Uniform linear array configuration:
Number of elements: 64
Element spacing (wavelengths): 0.5
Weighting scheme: cosine
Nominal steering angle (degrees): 60
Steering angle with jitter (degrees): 58.682
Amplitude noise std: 0.05
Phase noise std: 0.05

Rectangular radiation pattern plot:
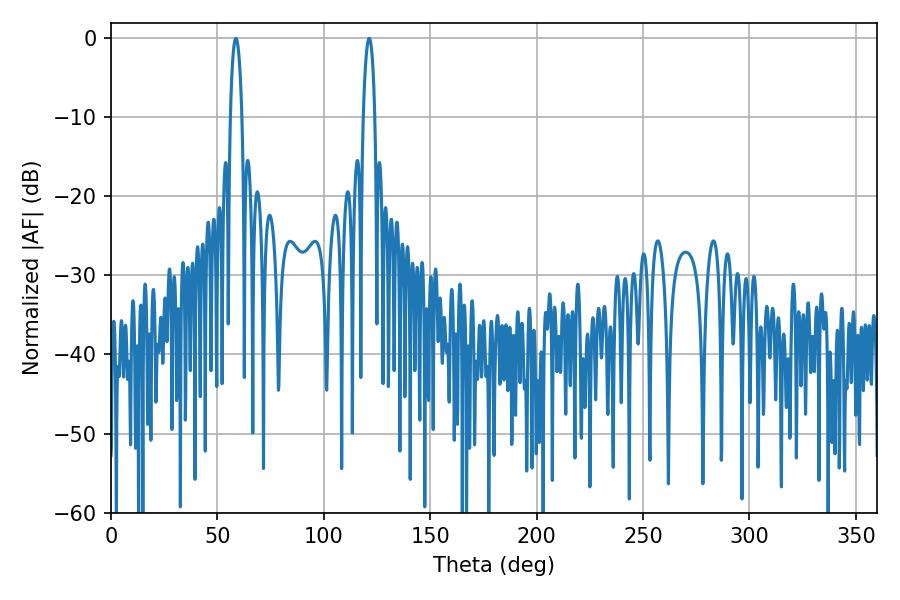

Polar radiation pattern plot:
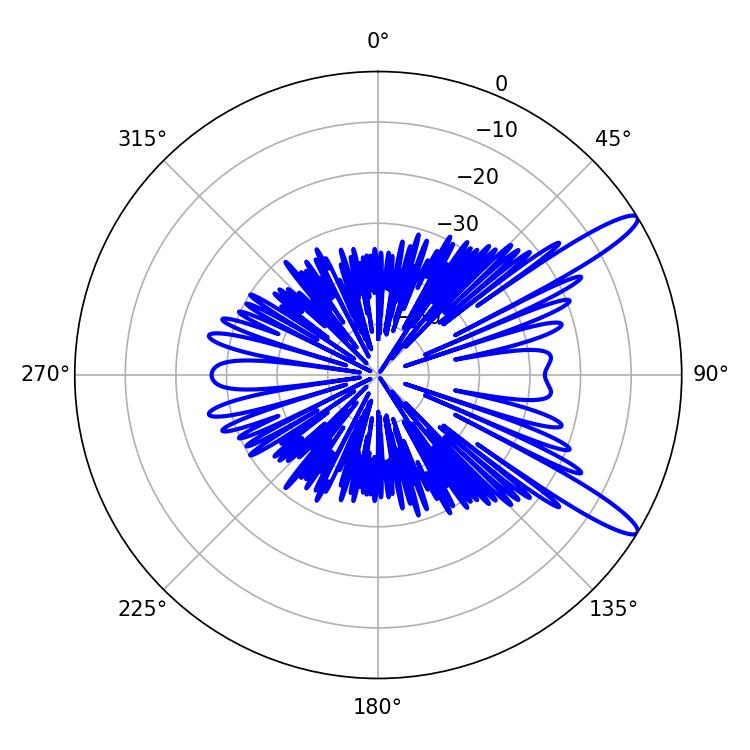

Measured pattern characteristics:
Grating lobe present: FALSE
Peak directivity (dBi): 12.88
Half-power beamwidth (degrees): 3.06
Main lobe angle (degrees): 58.68